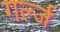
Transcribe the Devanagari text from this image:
गर्ल्‍ज